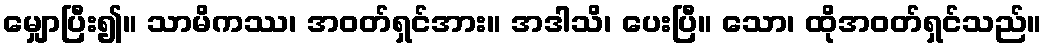
မျှောပြီး၍။ သာမိကဿ၊ အဝတ်ရှင်အား။ အဒါသိ၊ ပေးပြီ။ သော၊ ထိုအဝတ်ရှင်သည်။